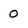
Character: 0